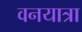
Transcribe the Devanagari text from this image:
वनयात्रा